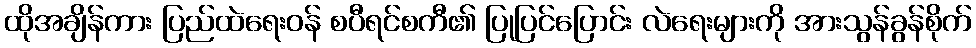
ထိုအချိန်ကား ပြည်ထဲရေးဝန် စပီရင်စကီ၏ ပြုပြင်ပြောင်း လဲရေးများကို အားသွန်ခွန်စိုက်